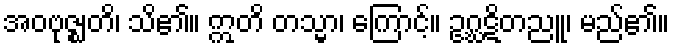
အဝဗုဇ္ဈတိ၊ သိ၏။ ဣတိ တသ္မာ၊ ကြောင့်။ ဥဂ္ဃဋိတညူ၊ မည်၏။